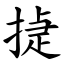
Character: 㨗